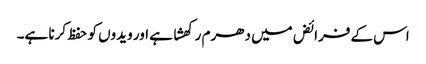
اس کے فرائض میں دھرم رکھشا ہے اور ویدوں کو حفظ کرنا ہے۔